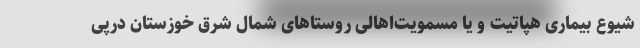
شیوع بیماری هپاتیت و یا مسمویت‌اهالی روستاهای شمال شرق خوزستان درپی